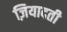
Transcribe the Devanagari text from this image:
ज़ियादती